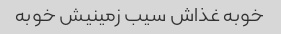
خوبه غذاش سیب زمینیش خوبه